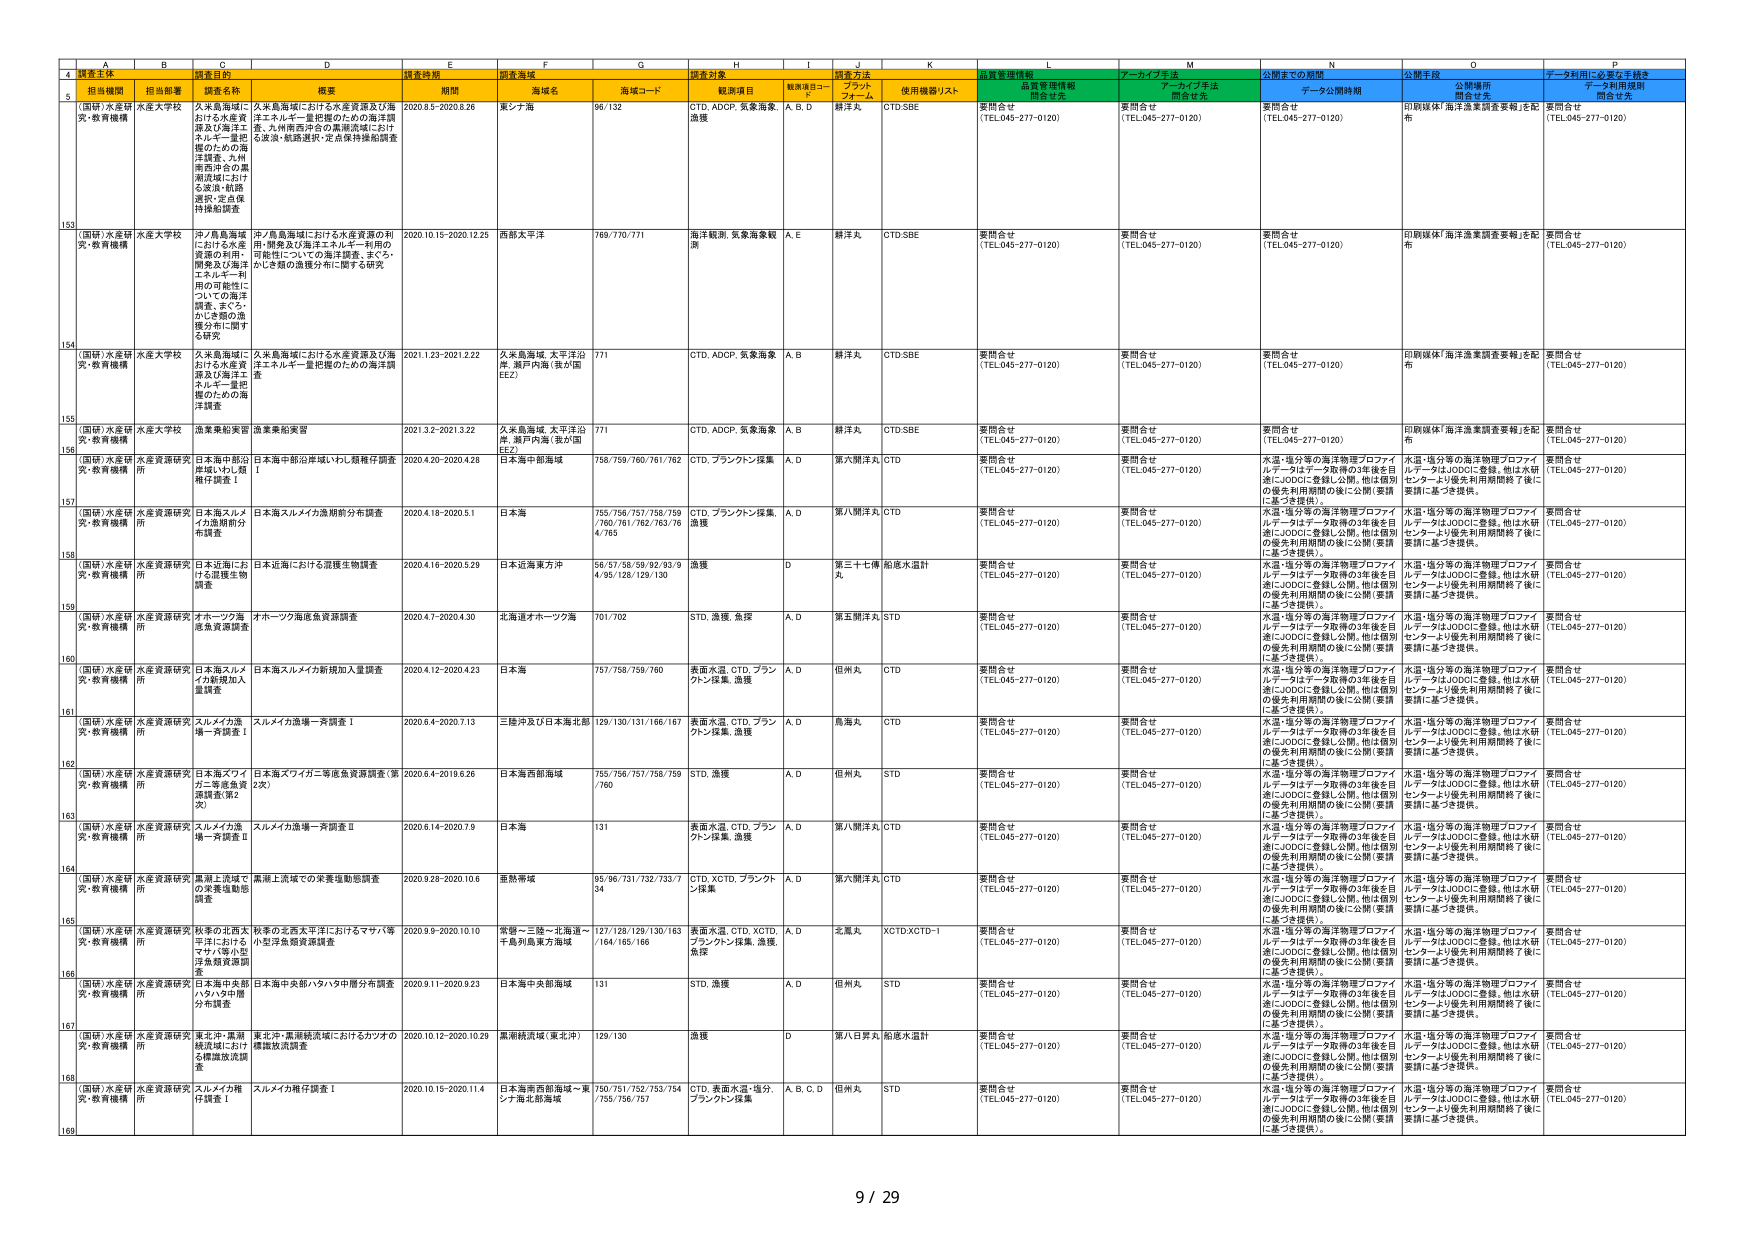
A4: 調査主体
B4: 担当機関
C4: 調査目的
D4: 概要
E4: 調査時期
F4: 調査海域
G4: 海域コード
H4: 調査対象
I4: 観測項目コード
J4: 調査方法
K4: 使用機器/リスト
L4: 品質管理情報
M4: アーカイブ手法
N4: 公開までの期間
O4: 公開手段
P4: データ利用に必要な手続き

A5: （国研）水産研
B5: 水産大学校
C5: 久米島海域における水産資源及び海洋エネルギー利用の可能性についての海洋調査、まぐろ・かじき類の急獲分布に関する研究
D5: 久米島海域における水産資源及び海洋エネルギー・重把握のための海洋調査、九州南西沖合の黒潮混域における漁況・航路選択・定点保持操船調査
E5: 2020.8.5-2020.8.26
F5: 東シナ海
G5: 96/132
H5: CTD, ADCP, 気象海象
I5: A, B, D
J5: 船洋法
K5: CTD/SBE
L5: 要問合せ (TEL.045-277-0120)
M5: 要問合せ (TEL.045-277-0120)
N5: 要問合せ (TEL.045-277-0120)
O5: 印刷媒体「海洋漁業調査要報」を配布
P5: 要問合せ (TEL.045-277-0120)

A155: （国研）水産研
B155: 水産大学校
C155: 沖/鳥島海域における水産資源の利用・開発及び海洋エネルギー利用の可能性についての海洋調査、まぐろ・かじき類の急獲分布に関する研究
D155: 中/鳥島海域における水産資源の利用・開発及び海洋エネルギー利用の可能性についての海洋調査、まぐろ・かじき類の急獲分布に関する研究
E155: 2020.10.15-2020.12.25
F155: 西部太平洋
G155: 769/770/771
H155: 海洋観測、気象海象観測
I155: A, E
J155: 船洋法
K155: CTD/SBE
L155: 要問合せ (TEL.045-277-0120)
M155: 要問合せ (TEL.045-277-0120)
N155: 要問合せ (TEL.045-277-0120)
O155: 印刷媒体「海洋漁業調査要報」を配布
P155: 要問合せ (TEL.045-277-0120)

A154: （国研）水産研
B154: 水産大学校
C154: 久米島海域における水産資源及び海洋エネルギー利用の可能性についての海洋調査、まぐろ・かじき類の急獲分布に関する研究
D154: 久米島海域における水産資源及び海洋エネルギー・重把握のための海洋調査
E154: 2021.1.23-2021.2.22
F154: 久米島海域、太平洋沿岸、瀬戸内海（我が国EEZ）
G154: 771
H154: CTD, ADCP、気象海象
I154: A, B
J154: 船洋法
K154: CTD/SBE
L154: 要問合せ (TEL.045-277-0120)
M154: 要問合せ (TEL.045-277-0120)
N154: 要問合せ (TEL.045-277-0120)
O154: 印刷媒体「海洋漁業調査要報」を配布
P154: 要問合せ (TEL.045-277-0120)

A156: （国研）水産研
B156: 水産大学校
C156: 漁業動態実習
D156: 漁業動態実習
E156: 2021.3.2-2021.3.22
F156: 久米島海域、太平洋沿岸、瀬戸内海（我が国EEZ）
G156: 771
H156: CTD, ADCP、気象海象
I156: A, B
J156: 船洋法
K156: CTD/SBE
L156: 要問合せ (TEL.045-277-0120)
M156: 要問合せ (TEL.045-277-0120)
N156: 要問合せ (TEL.045-277-0120)
O156: 印刷媒体「海洋漁業調査要報」を配布
P156: 要問合せ (TEL.045-277-0120)

A157: （国研）水産研
B157: 水産資源研究所
C157: 日本海中部沿岸域・YPL種稚仔調査
D157: 日本海中部沿岸域・YPL種稚仔調査
E157: 2020.4.20-2020.4.28
F157: 日本海中部海域
G157: 758/759/760/761/762
H157: CTD、プランクトン採集
I157: A, D
J157: 第六開洋丸
K157: CTD
L157: 要問合せ (TEL.045-277-0120)
M157: 要問合せ (TEL.045-277-0120)
N157: 水温・塩分等の海洋物理プロファイルデータはデータ取得の3年後を目途にJODCに登録し公開。他は個別の優先利用期間の後に公開（要請に基づき提供）。
O157: 水温・塩分等の海洋物理プロファイルデータはJODCに登録。他は水研センターより優先利用期間終了後に要請に基づき提供。
P157: 要問合せ (TEL.045-277-0120)

A158: （国研）水産研
B158: 水産資源研究所
C158: 日本海スルメイカ漁期前分布調査
D158: 日本海スルメイカ漁期前分布調査
E158: 2020.4.18-2020.5.1
F158: 日本海
G158: 755/756/757/758/759/760/761/762/763/764/765
H158: CTD、プランクトン採集、漁獲
I158: A, D
J158: 第八開洋丸
K158: CTD
L158: 要問合せ (TEL.045-277-0120)
M158: 要問合せ (TEL.045-277-0120)
N158: 水温・塩分等の海洋物理プロファイルデータはデータ取得の3年後を目途にJODCに登録し公開。他は個別の優先利用期間の後に公開（要請に基づき提供）。
O158: 水温・塩分等の海洋物理プロファイルデータはJODCに登録。他は水研センターより優先利用期間終了後に要請に基づき提供。
P158: 要問合せ (TEL.045-277-0120)

A159: （国研）水産研
B159: 水産資源研究所
C159: 日本近海における混獲生物調査
D159: 日本近海における混獲生物調査
E159: 2020.4.16-2020.5.29
F159: 日本近海東方沖
G159: 56/57/58/59/92/93/94/95/128/129/130
H159: 漁獲
I159: D
J159: 第三十七番
K159: 船底水温計
L159: 要問合せ (TEL.045-277-0120)
M159: 要問合せ (TEL.045-277-0120)
N159: 水温・塩分等の海洋物理プロファイルデータはデータ取得の3年後を目途にJODCに登録し公開。他は個別の優先利用期間の後に公開（要請に基づき提供）。
O159: 水温・塩分等の海洋物理プロファイルデータはJODCに登録。他は水研センターより優先利用期間終了後に要請に基づき提供。
P159: 要問合せ (TEL.045-277-0120)

A160: （国研）水産研
B160: 水産資源研究所
C160: オホーツク海底魚資源調査
D160: オホーツク海底魚資源調査
E160: 2020.4.7-2020.4.30
F160: 北海道オホーツク海
G160: 701/702
H160: STD、漁獲、魚探
I160: A, D
J160: 第五開洋丸
K160: STD
L160: 要問合せ (TEL.045-277-0120)
M160: 要問合せ (TEL.045-277-0120)
N160: 水温・塩分等の海洋物理プロファイルデータはデータ取得の3年後を目途にJODCに登録し公開。他は個別の優先利用期間の後に公開（要請に基づき提供）。
O160: 水温・塩分等の海洋物理プロファイルデータはJODCに登録。他は水研センターより優先利用期間終了後に要請に基づき提供。
P160: 要問合せ (TEL.045-277-0120)

A161: （国研）水産研
B161: 水産資源研究所
C161: 日本海スルメイカ新規加入量調査
D161: 日本海スルメイカ新規加入量調査
E161: 2020.4.12-2020.4.23
F161: 日本海
G161: 757/758/759/760
H161: 表面水温、CTD、プランクトン採集、漁獲
I161: A, D
J161: 但州丸
K161: CTD
L161: 要問合せ (TEL.045-277-0120)
M161: 要問合せ (TEL.045-277-0120)
N161: 水温・塩分等の海洋物理プロファイルデータはデータ取得の3年後を目途にJODCに登録し公開。他は個別の優先利用期間の後に公開（要請に基づき提供）。
O161: 水温・塩分等の海洋物理プロファイルデータはJODCに登録。他は水研センターより優先利用期間終了後に要請に基づき提供。
P161: 要問合せ (TEL.045-277-0120)

A162: （国研）水産研
B162: 水産資源研究所
C162: スルメイカ漁場一斉調査Ⅰ
D162: スルメイカ漁場一斉調査Ⅰ
E162: 2020.6.4-2020.7.13
F162: 三陸沖及び日本海北部
G162: 129/130/131/166/167
H162: 表面水温、CTD、プランクトン採集、漁獲
I162: A, D
J162: 鳥海丸
K162: CTD
L162: 要問合せ (TEL.045-277-0120)
M162: 要問合せ (TEL.045-277-0120)
N162: 水温・塩分等の海洋物理プロファイルデータはデータ取得の3年後を目途にJODCに登録し公開。他は個別の優先利用期間の後に公開（要請に基づき提供）。
O162: 水温・塩分等の海洋物理プロファイルデータはJODCに登録。他は水研センターより優先利用期間終了後に要請に基づき提供。
P162: 要問合せ (TEL.045-277-0120)

A163: （国研）水産研
B163: 水産資源研究所
C163: 日本海スワガニ等底魚資源調査（第2次）
D163: 日本海スワガニ等底魚資源調査（第2次）
E163: 2020.6.4-2019.6.26
F163: 日本海西部海域
G163: 755/756/757/758/759/760
H163: STD、漁獲
I163: A, D
J163: 但州丸
K163: STD
L163: 要問合せ (TEL.045-277-0120)
M163: 要問合せ (TEL.045-277-0120)
N163: 水温・塩分等の海洋物理プロファイルデータはデータ取得の3年後を目途にJODCに登録し公開。他は個別の優先利用期間の後に公開（要請に基づき提供）。
O163: 水温・塩分等の海洋物理プロファイルデータはJODCに登録。他は水研センターより優先利用期間終了後に要請に基づき提供。
P163: 要問合せ (TEL.045-277-0120)

A164: （国研）水産研
B164: 水産資源研究所
C164: スルメイカ漁場一斉調査Ⅱ
D164: スルメイカ漁場一斉調査Ⅱ
E164: 2020.6.14-2020.7.9
F164: 日本海
G164: 131
H164: 表面水温、CTD、プランクトン採集、漁獲
I164: A, D
J164: 第八開洋丸
K164: CTD
L164: 要問合せ (TEL.045-277-0120)
M164: 要問合せ (TEL.045-277-0120)
N164: 水温・塩分等の海洋物理プロファイルデータはデータ取得の3年後を目途にJODCに登録し公開。他は個別の優先利用期間の後に公開（要請に基づき提供）。
O164: 水温・塩分等の海洋物理プロファイルデータはJODCに登録。他は水研センターより優先利用期間終了後に要請に基づき提供。
P164: 要問合せ (TEL.045-277-0120)

A165: （国研）水産研
B165: 水産資源研究所
C165: 黒潮上流域での実態塩動態調査
D165: 黒潮上流域での実態塩動態調査
E165: 2020.9.28-2020.10.6
F165: 亜熱帯域
G165: 95/96/731/732/733/734
H165: CTD, XCTD、プランクトン採集
I165: A, D
J165: 第六開洋丸
K165: CTD
L165: 要問合せ (TEL.045-277-0120)
M165: 要問合せ (TEL.045-277-0120)
N165: 水温・塩分等の海洋物理プロファイルデータはデータ取得の3年後を目途にJODCに登録し公開。他は個別の優先利用期間の後に公開（要請に基づき提供）。
O165: 水温・塩分等の海洋物理プロファイルデータはJODCに登録。他は水研センターより優先利用期間終了後に要請に基づき提供。
P165: 要問合せ (TEL.045-277-0120)

A166: （国研）水産研
B166: 水産資源研究所
C166: 秋季の北西太平洋におけるマサバ等半洋における小型浮魚類資源調査
D166: 秋季の北西太平洋におけるマサバ等半洋における小型浮魚類資源調査
E166: 2020.9.9-2020.10.10
F166: 常磐～三陸～北海道～千島列島東方海域
G166: 127/128/129/130/163/164/165/166
H166: 表面水温、CTD, XCTD、プランクトン採集、漁獲、魚探
I166: A, D
J166: 北風丸
K166: XCTD/XCTD-1
L166: 要問合せ (TEL.045-277-0120)
M166: 要問合せ (TEL.045-277-0120)
N166: 水温・塩分等の海洋物理プロファイルデータはデータ取得の3年後を目途にJODCに登録し公開。他は個別の優先利用期間の後に公開（要請に基づき提供）。
O166: 水温・塩分等の海洋物理プロファイルデータはJODCに登録。他は水研センターより優先利用期間終了後に要請に基づき提供。
P166: 要問合せ (TEL.045-277-0120)

A167: （国研）水産研
B167: 水産資源研究所
C167: 日本海中央部ハタハタ中層分布調査
D167: 日本海中央部ハタハタ中層分布調査
E167: 2020.9.11-2020.9.23
F167: 日本海中央部海域
G167: 131
H167: STD、漁獲
I167: A, D
J167: 但州丸
K167: STD
L167: 要問合せ (TEL.045-277-0120)
M167: 要問合せ (TEL.045-277-0120)
N167: 水温・塩分等の海洋物理プロファイルデータはデータ取得の3年後を目途にJODCに登録し公開。他は個別の優先利用期間の後に公開（要請に基づき提供）。
O167: 水温・塩分等の海洋物理プロファイルデータはJODCに登録。他は水研センターより優先利用期間終了後に要請に基づき提供。
P167: 要問合せ (TEL.045-277-0120)

A168: （国研）水産研
B168: 水産資源研究所
C168: 東北沖・黒潮統流域におけるカツオの種苗域及び開発を標識放流調査
D168: 東北沖・黒潮統流域におけるカツオの種苗域及び開発を標識放流調査
E168: 2020.10.12-2020.10.29
F168: 黒潮統流域（東北沖）
G168: 129/130
H168: 漁獲
I168: D
J168: 第八百号丸
K168: 船底水温計
L168: 要問合せ (TEL.045-277-0120)
M168: 要問合せ (TEL.045-277-0120)
N168: 水温・塩分等の海洋物理プロファイルデータはデータ取得の3年後を目途にJODCに登録し公開。他は個別の優先利用期間の後に公開（要請に基づき提供）。
O168: 水温・塩分等の海洋物理プロファイルデータはJODCに登録。他は水研センターより優先利用期間終了後に要請に基づき提供。
P168: 要問合せ (TEL.045-277-0120)

A169: （国研）水産研
B169: 水産資源研究所
C169: スルメイカ稚仔調査Ⅰ
D169: スルメイカ稚仔調査Ⅰ
E169: 2020.10.15-2020.11.4
F169: 日本海南西部海域～東シナ海北部海域
G169: 750/751/752/753/754/755/756/757
H169: CTD、表面水温・塩分、プランクトン採集
I169: A, B, C, D
J169: 但州丸
K169: STD
L169: 要問合せ (TEL.045-277-0120)
M169: 要問合せ (TEL.045-277-0120)
N169: 水温・塩分等の海洋物理プロファイルデータはデータ取得の3年後を目途にJODCに登録し公開。他は個別の優先利用期間の後に公開（要請に基づき提供）。
O169: 水温・塩分等の海洋物理プロファイルデータはJODCに登録。他は水研センターより優先利用期間終了後に要請に基づき提供。
P169: 要問合せ (TEL.045-277-0120)

Page: 9 / 29